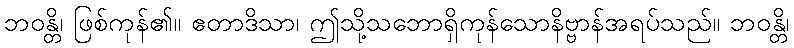
ဘဝန္တိ၊ ဖြစ်ကုန်၏။ ဧတာဒိသာ၊ ဤသို့သဘောရှိကုန်သောနိဗ္ဗာန်အရပ်သည်။ ဘဝန္တိ၊